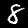
Label: 8